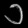
Digit: ၁